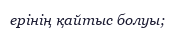
ерінің қайтыс болуы;